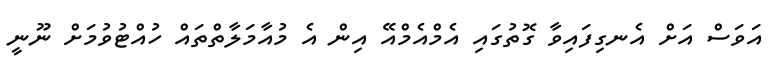
އަވަސް އަށް އެނގިފައިވާ ގޮތުގައި އެމްއެމްއޭ އިން އެ މުއާމަލާތްތައް ހުއްޓުވުމަށް ނޫނީ